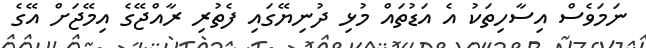
ނަމަވެސް އިސާހިތަކު އެ އަޑުތައް މުޅި ދުނިޔޭގައި ފެތުރި ރާއްޖޭގެ އިމޭޖަށް އޭގެ